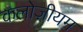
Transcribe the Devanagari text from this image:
कलोज़ीयम